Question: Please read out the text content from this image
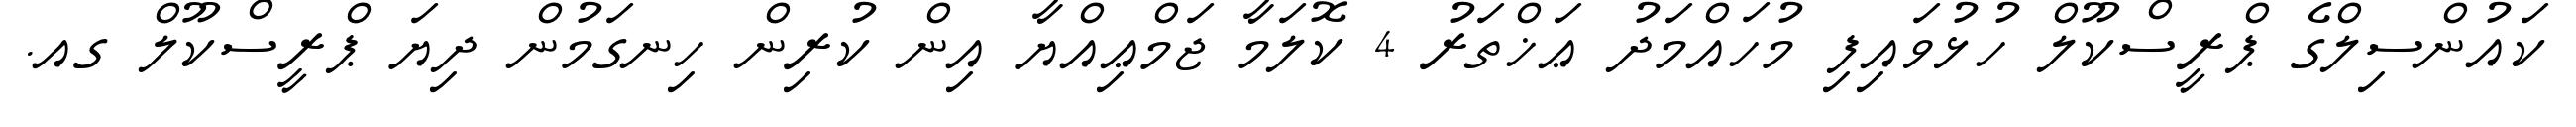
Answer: ކައުންސިލްގެ ޕްރީސްކޫލް ހުޅުވައިފި މުހައްމަދު ޢަޚްތަރު 4 ކޮލަމާ ޖަމްޢިއްޔާ އިން ކުރިން ހިނގަމުން ދިޔަ ޕްރީސްކޫލް ގއ.